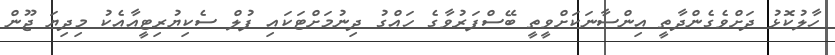
ހާލުކޮޅު ދަށްވެގެންދާތީ އިންސާނަކަށްވީތީ ބޭސްފަރުވާގެ ހައްގު ދިނުމަށްޓަކައި ފުލް ސެކިޔުރިޓީއާއެކު މިދިޔަ ޖޫން